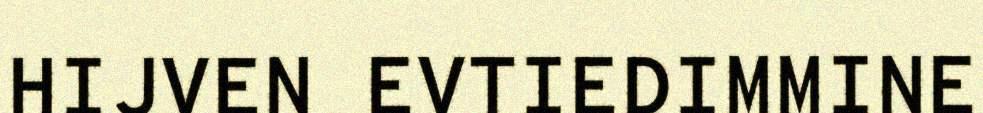
HIJVEN EVTIEDIMMINE